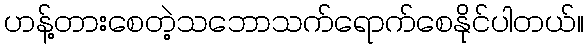
ဟန့်တားစေတဲ့သဘောသက်ရောက်စေနိုင်ပါတယ်။